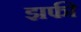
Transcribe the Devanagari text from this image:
झफी